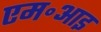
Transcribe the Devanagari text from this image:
एम॰आइ